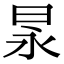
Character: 㫤